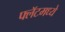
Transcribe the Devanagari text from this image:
फ्लॅटमध्ये